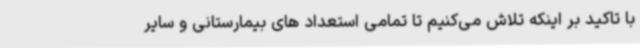
با تاکید بر اینکه تلاش می‌کنیم تا تمامی استعداد های بیمارستانی و سایر